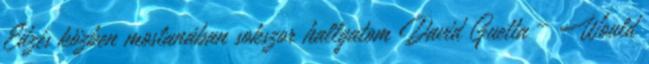
Edzés közben mostanában sokszor hallgatom David Guetta – Would